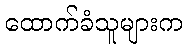
ထောက်ခံသူများက